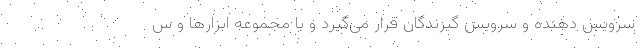
سرویس دهنده و سرویس گیرندگان قرار می‌گیرد و با مجموعه ابزارها و س